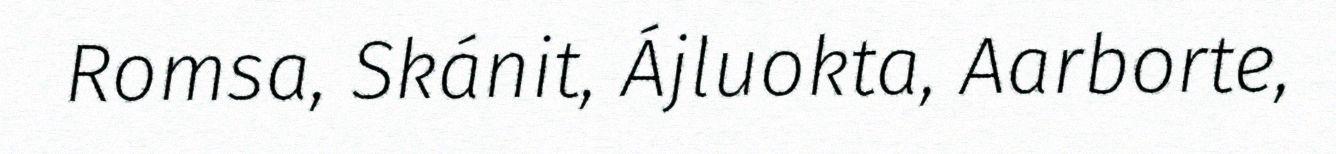
Romsa, Skánit, Ájluokta, Aarborte,